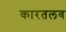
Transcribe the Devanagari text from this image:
कारतलब